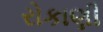
રોકાણી